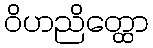
ဝိဟညိတ္ထော